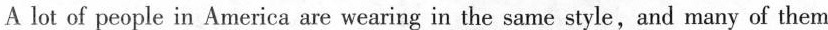
A lot of people in America are wearing in the same style,and many of them